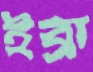
ইব্রা